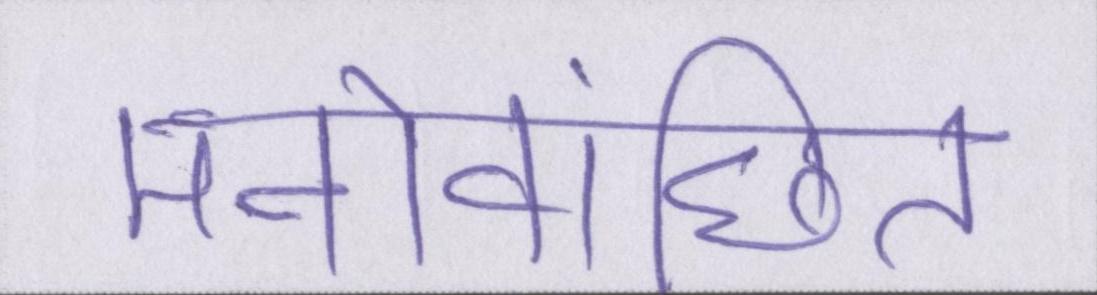
मनोवांछित